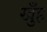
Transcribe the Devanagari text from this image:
खुँह